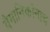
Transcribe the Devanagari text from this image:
वैमानिकांनाच